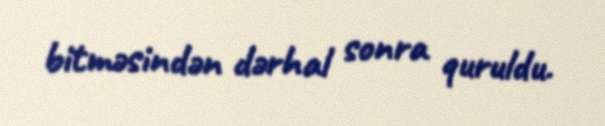
bitməsindən dərhal sonra quruldu.